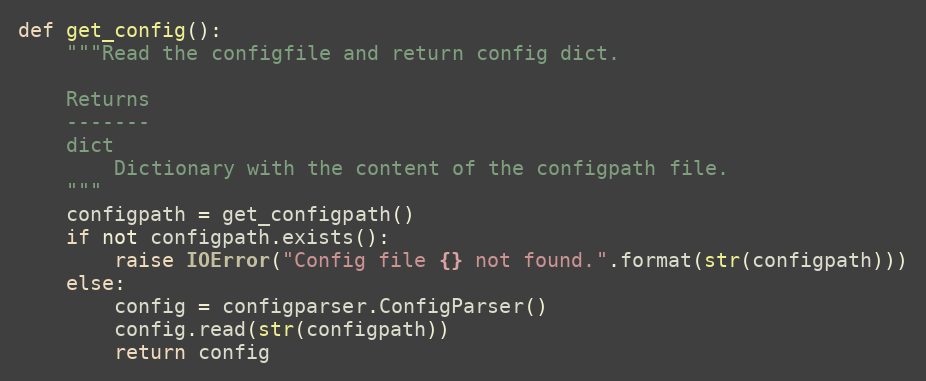
Language: Python
def get_config():
    """Read the configfile and return config dict.

    Returns
    -------
    dict
        Dictionary with the content of the configpath file.
    """
    configpath = get_configpath()
    if not configpath.exists():
        raise IOError("Config file {} not found.".format(str(configpath)))
    else:
        config = configparser.ConfigParser()
        config.read(str(configpath))
        return config